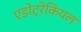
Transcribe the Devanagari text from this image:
एंडोट्रेकियल